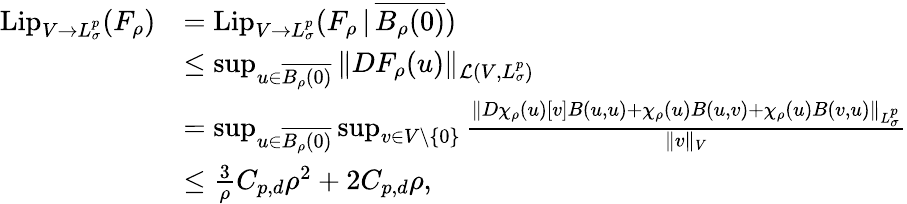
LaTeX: \begin{array}{rl}{\mathrm{Lip}_{V\to L_{\sigma}^{p}}(F_{\rho})}&{=\mathrm{Lip}_{V\to L_{\sigma}^{p}}(F_{\rho}\, |\, \overline{{B_{\rho}(0)}})}\\ &{\leq\operatorname*{sup}_{u\in\overline{{B_{\rho}(0)}}}\Vert DF_{\rho}(u)\Vert_{\mathcal{L}(V,L_{\sigma}^{p})}}\\ &{=\operatorname*{sup}_{u\in\overline{{B_{\rho}(0)}}}\operatorname*{sup}_{v\in V\setminus\{ 0\} }\frac{\Vert D\chi_{\rho}(u)[v]B(u,u)+\chi_{\rho}(u)B(u,v)+\chi_{\rho}(u)B(v,u)\Vert_{L_{\sigma}^{p}}}{\Vert v\Vert_{V}}}\\ &{\leq\frac{3}{\rho}C_{p,d}\rho^{2}+2C_{p,d}\rho,}\end{array}